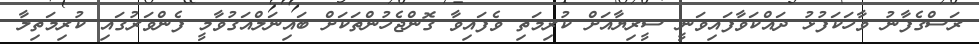
ރަސްގެފާނު ވާހަކަފުޅު ދައްކަވާފައިވަނީ ސީރިޔާއަށް ކުރިމަތި ވެފައިވާ ގޮންޖެހުންތަކަށް ބައިނަލްއަގުވާމީ ފެންވަރުގައި ކުރިމަތިލާ